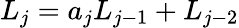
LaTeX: L_{j}=a_{j}L_{j-1}+L_{j-2}